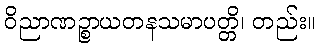
ဝိညာဏဉ္စာယတနသမာပတ္တိ၊ တည်း။